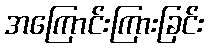
အကြောင်းကြားခြင်း